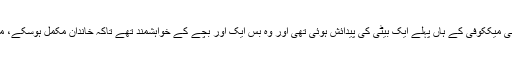
امریکی ریاست آئیووا سے تعلق رکھنے والے کینی اور بوبی میککوفی کے ہاں پہلے ایک بیٹی کی پیدائش ہوئی تھی اور وہ بس ایک اور بچے کے خواہشمند تھے تاکہ خاندان مکمل ہوسکے، مگر اس کوشش کے نتیجے میں انہیں بہت بڑا سرپرائز ملا۔